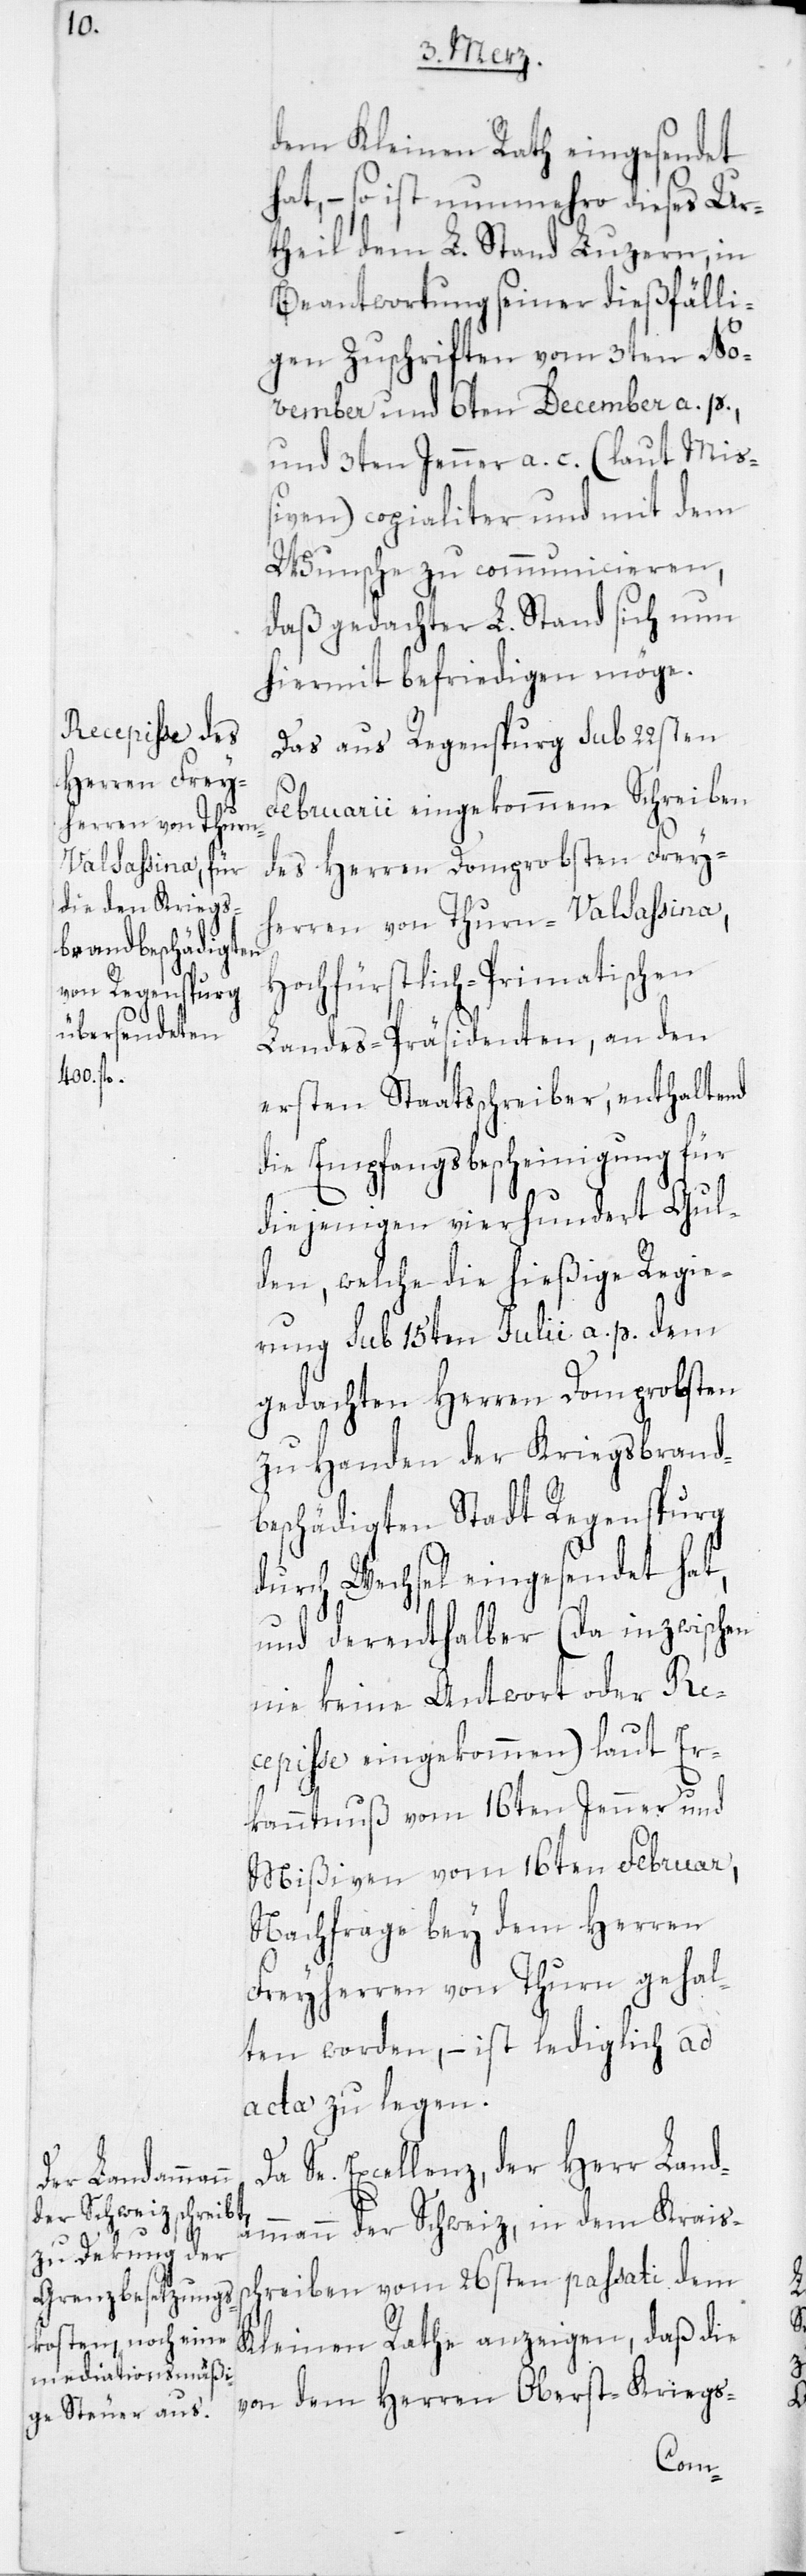
sc¬

dem Kleinen Rath eingesendet
hat, – so ist nunmehro dieses Ur¬
theil dem L. Stand Luzern, in
Beantwortung seiner dießfälli¬
gen Zuschriften vom 3ten No¬
vember und 6ten December a. p.,
und 3ten Jenner a. c. (laut Miß¬
iven) copialiter und mit dem
Wunsche zu communicieren,
daß gedachter L. Stand sich nun
hiermit befriedigen möge.
Das aus Regenspurg sub 22sten
Februarii eingekommene Schreiben
des Herren Domprobsten Frey¬
herren von Thurn-Valsassina,
Hochfürstlich-Primatischen
Landes-Präsidenten, an den
ersten Staatsschreiber, enthaltend
die Empfangsbescheinigung für
diejenigen vierhundert Gul¬
den, welche die hießige Regie¬
rung sub 15ten Julii a. p. dem
gedachten Herren Domprobsten
zu Handen der Kriegsbrandb¬
eschädigten Stadt Regenspurg
durch Wechsel eingesendet hat,
und derenthalber (da inzwischen
nie keine Antwort oder Re¬
cepisse eingekommen) laut Er¬
kanntnuß vom 16ten Jenner und
Mißiven vom 16ten Februar,
Nachfrage bey dem Herren
Freyherren von Thurn gehal¬
ten worden, – ist lediglich ad
acta zu legen.
Da Se. Excellenz, der Herr Land¬
ammann der Schweiz, in dem Kreis¬
hreiben vom 26sten passati dem
Kleinen Rathe anzeigen, daß
von dem Herren Oberst-Kriegs-